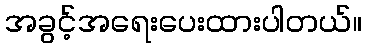
အခွင့်အရေးပေးထားပါတယ်။